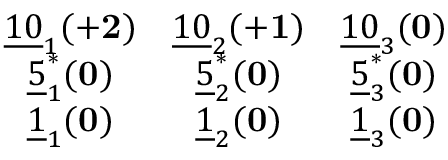
\begin{array} { c c c } { { \underline { { { 1 0 } } } _ { 1 } ( { \bf + 2 } ) } } & { { \underline { { { 1 0 } } } _ { 2 } ( { \bf + 1 } ) } } & { { \underline { { { 1 0 } } } _ { 3 } ( { \bf 0 } ) } } \\ { { \underline { { { 5 } } } _ { 1 } ^ { * } ( { \bf 0 } ) } } & { { \underline { { { 5 } } } _ { 2 } ^ { * } ( { \bf 0 } ) } } & { { \underline { { { 5 } } } _ { 3 } ^ { * } ( { \bf 0 } ) } } \\ { { \underline { { { 1 } } } _ { 1 } ( { \bf 0 } ) } } & { { \underline { { { 1 } } } _ { 2 } ( { \bf 0 } ) } } & { { \underline { { { 1 } } } _ { 3 } ( { \bf 0 } ) } } \end{array}